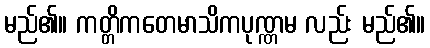
မည်၏။ ကတ္တိကတေမာသိကပုဏ္ဏမ လည်း မည်၏။